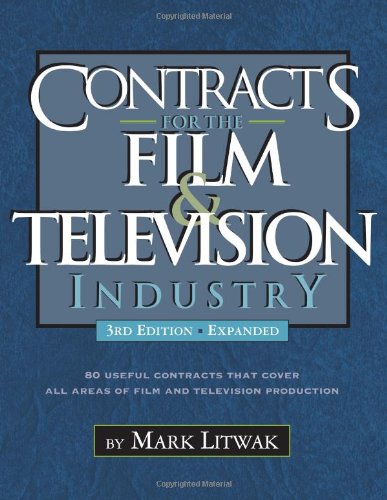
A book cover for Contracts for the Film & Television Industry, 3rd Edition; Mark Litwak; Humor & Entertainment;